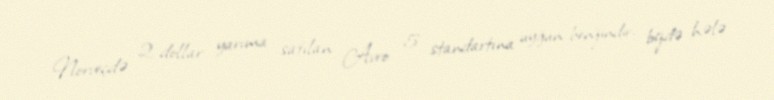
Norveçdə 2 dollar yarıma satılan Avro 5 standartına uyğun benzindir, bizdə hələ